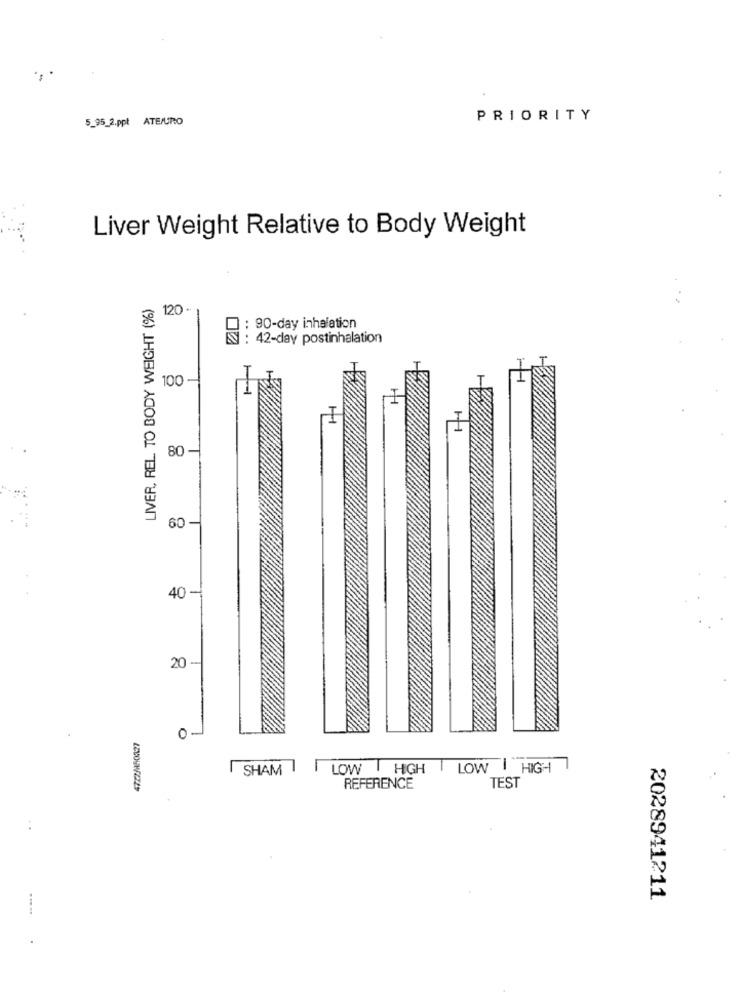
5_95_2.ppt ATE/URO
PRIORITY
Liver Weight Relative to Body Weight
LIVER, REL TO BODY WEIGHT (%)
120 -
: 90-day inhalation
: 42-day postinhalation
100-
80 -
60 -
40 -
20 -
0-
SHAM
LOW HIGH
LOW
HIGH
TEST
REFERENCE
2028941211